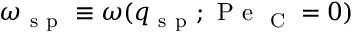
\omega _ { \mathrm { ~ s ~ p ~ } } \equiv \omega ( q _ { \mathrm { ~ s ~ p ~ } } ; \mathrm { ~ P ~ e ~ } _ { \mathrm { ~ C ~ } } = 0 )